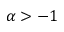
\alpha > - 1